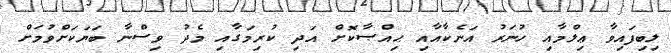
ލިބިފައިވާ ޢިލްމާއި ހުނަރު އަނެކާއާއި ޙިއްޞާކޮށް އަދި ކުރިމަގާއި މެދު ވިސްނާ ބަޔަކަށްވުމަށް